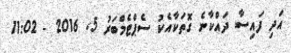
އަދި ފައިސާ ދައްކާނެ ގޮތަކާއެކު ސެޕްޓެމްބަރު 5